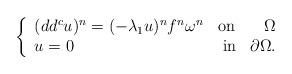
LaTeX: \begin{align*} \left\lbrace \begin{array}{lcr} (dd^c u)^n=(-\lambda_1 u)^n f^n\omega^n & \textnormal{on} & \Omega\\ u=0& \textnormal{ in} & \partial \Omega.\\ \end{array} \right. \end{align*}